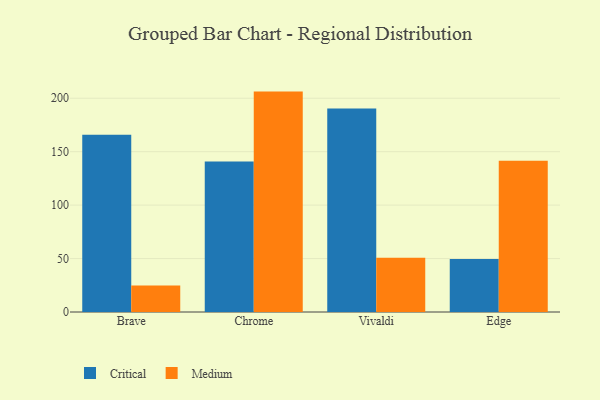
{"axis": {"x": "Browser", "y": "Headcount"}, "legend": ["Critical", "Medium"], "data": [{"x": "Brave", "y": 165.9, "type": "Critical"}, {"x": "Brave", "y": 24.7, "type": "Medium"}, {"x": "Chrome", "y": 140.9, "type": "Critical"}, {"x": "Chrome", "y": 206.2, "type": "Medium"}, {"x": "Vivaldi", "y": 190.4, "type": "Critical"}, {"x": "Vivaldi", "y": 50.7, "type": "Medium"}, {"x": "Edge", "y": 49.5, "type": "Critical"}, {"x": "Edge", "y": 141.4, "type": "Medium"}]}